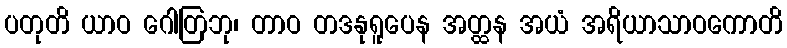
ပတုတိ ယာဝ ဂေါတြဘု၊ တာဝ တဒနုရူပေန အတ္ထန အယံ အရိယာသာဝကောတိ